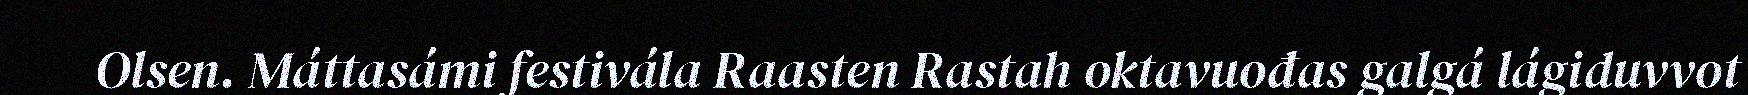
Olsen. Máttasámi festivála Raasten Rastah oktavuođas galgá lágiduvvot